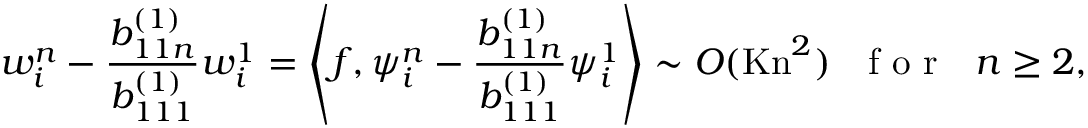
w _ { i } ^ { n } - \frac { b _ { 1 1 n } ^ { ( 1 ) } } { b _ { 1 1 1 } ^ { ( 1 ) } } w _ { i } ^ { 1 } = \left\langle f , \psi _ { i } ^ { n } - \frac { b _ { 1 1 n } ^ { ( 1 ) } } { b _ { 1 1 1 } ^ { ( 1 ) } } \psi _ { i } ^ { 1 } \right\rangle \sim O ( \mathrm { K n } ^ { 2 } ) \mathrm { ~ ~ ~ f ~ o ~ r ~ ~ ~ } n \geq 2 ,